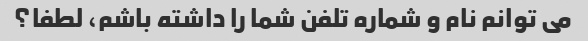
می توانم نام و شماره تلفن شما را داشته باشم، لطفا؟